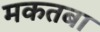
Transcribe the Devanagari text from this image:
मकतबा